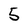
Character: 5